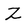
Character: Z